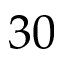
3 0